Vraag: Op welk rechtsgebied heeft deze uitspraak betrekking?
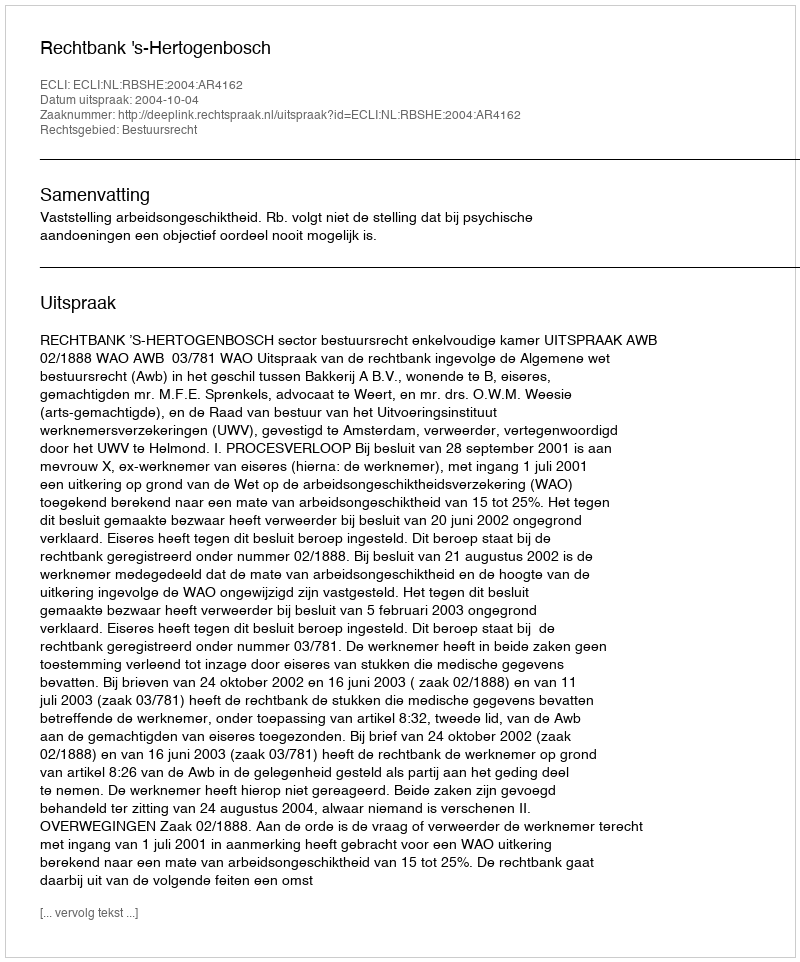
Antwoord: Bestuursrecht